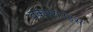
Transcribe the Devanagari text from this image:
वर्कएराउंड्स